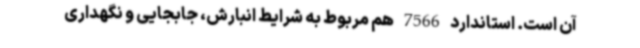
آن است. استاندارد 7566 هم مربوط به شرایط انبارش، جابجایی و نگهداری